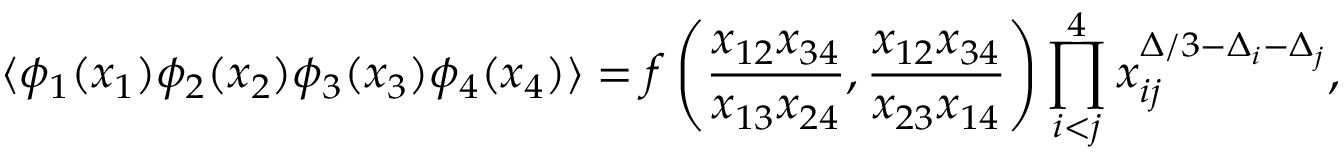
\langle \phi _ { 1 } ( x _ { 1 } ) \phi _ { 2 } ( x _ { 2 } ) \phi _ { 3 } ( x _ { 3 } ) \phi _ { 4 } ( x _ { 4 } ) \rangle = f \left( \frac { x _ { 1 2 } x _ { 3 4 } } { x _ { 1 3 } x _ { 2 4 } } , \frac { x _ { 1 2 } x _ { 3 4 } } { x _ { 2 3 } x _ { 1 4 } } \right) \prod _ { i < j } ^ { 4 } x _ { i j } ^ { \Delta / 3 - \Delta _ { i } - \Delta _ { j } } ,